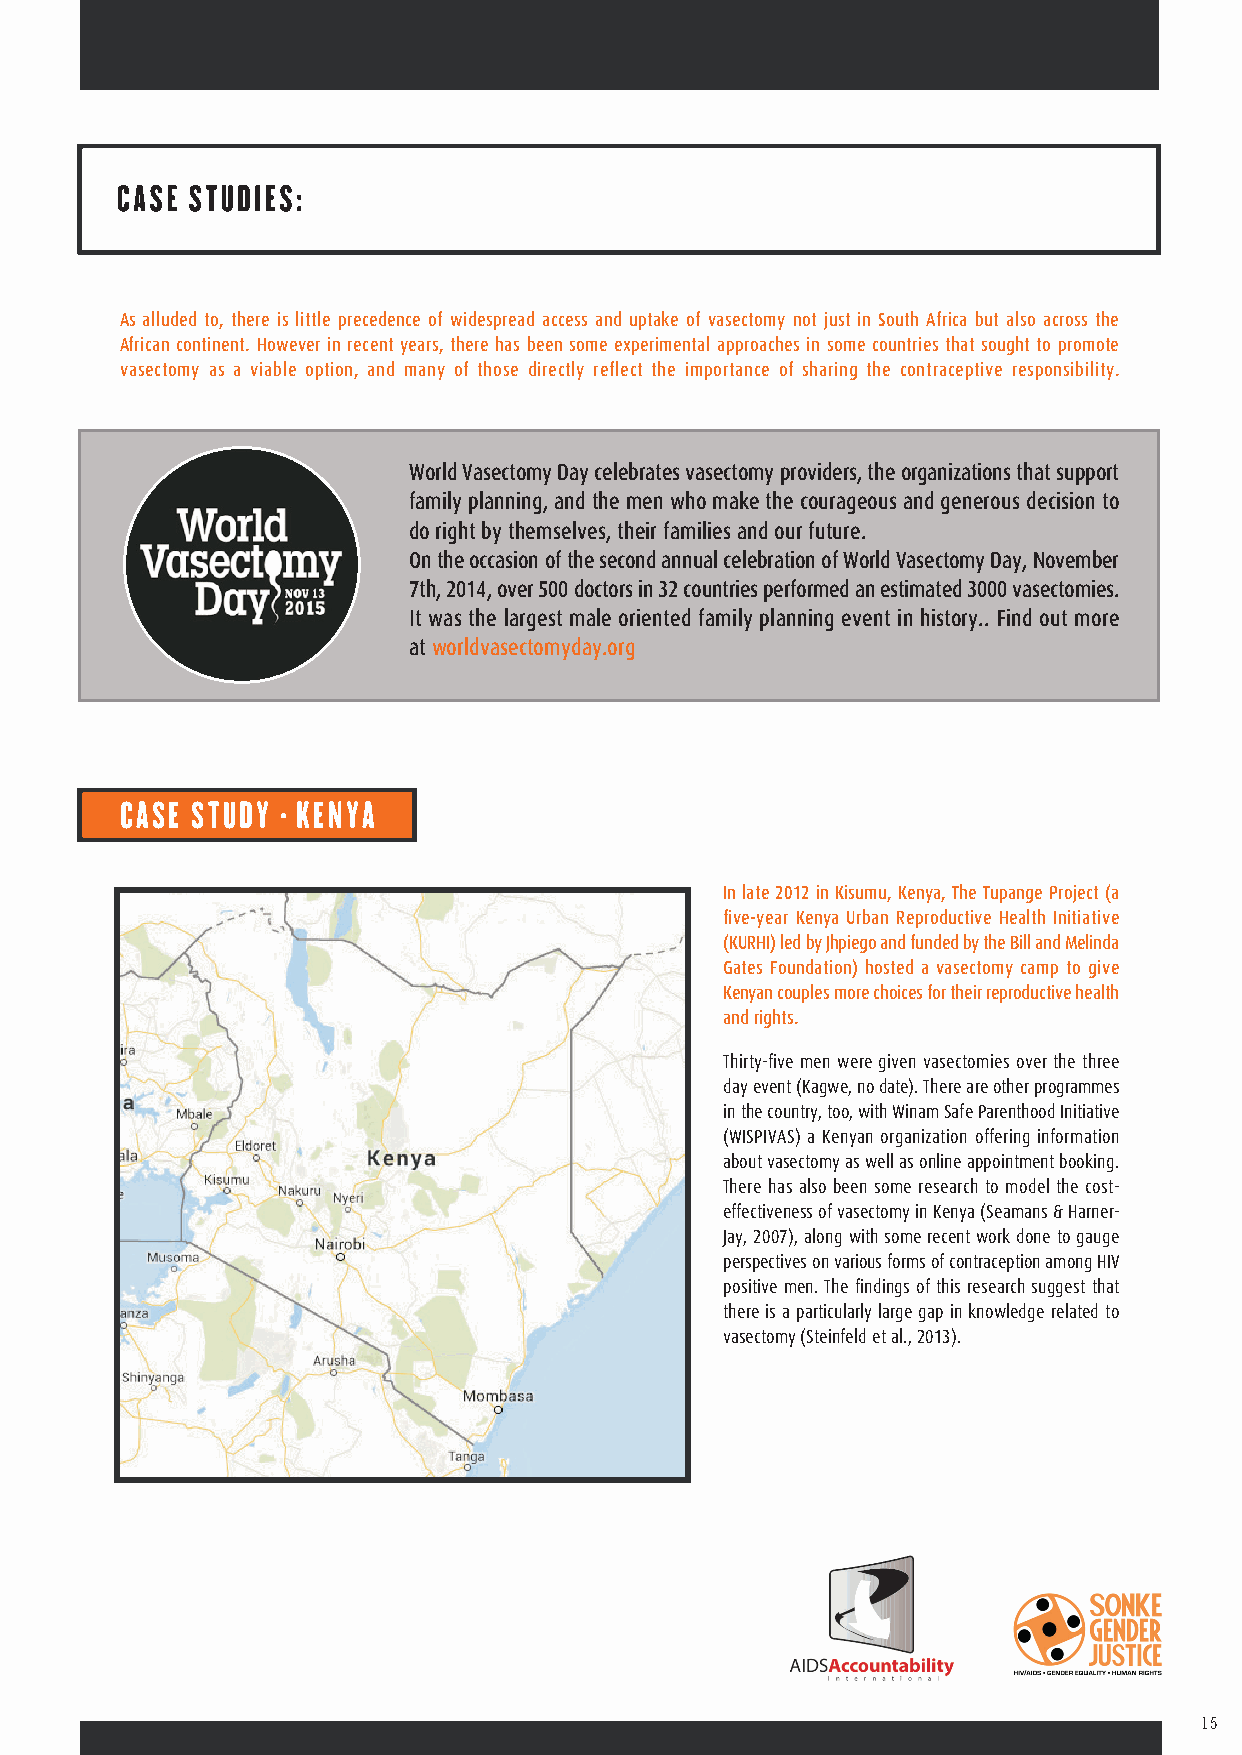
As alluded to, there is little precedence of widespread access and uptake of vasectomy not just in South Africa but also across the
 African continent. However in recent years, there has been some experimental approaches in some countries that sought to promote
 vasectomy as a viable option, and many of those directly reflect the importance of sharing the contraceptive responsibility.
 World Vasectomy Day celebrates vasectomy providers, the organizations that support
 family planning, and the men who make the courageous and generous decision to
 do right by themselves, their families and our future.
 On the occasion of the second annual celebration of World Vasectomy Day, November
 7th, 2014, over 500 doctors in 32 countries performed an estimated 3000 vasectomies.
 It was the largest male oriented family planning event in history.. Find out more
 at worldvasectomyday.org
 CASE STUDY - KENYA
 In late 2012 in Kisumu, Kenya, The Tupange Project (a
 five-year Kenya Urban Reproductive Health Initiative
 (KURHI) led by Jhpiego and funded by the Bill and Melinda
 Gates Foundation) hosted a vasectomy camp to give
 Kenyan couples more choices for their reproductive health
 and rights.
 Thirty-five men were given vasectomies over the three
 day event (Kagwe, no date). There are other programmes
 in the country, too, with Winam Safe Parenthood Initiative
 (WISPIVAS) a Kenyan organization offering information
 about vasectomy as well as online appointment booking.
 There has also been some research to model the cost-
 effectiveness of vasectomy in Kenya (Seamans & Harner-
 Jay, 2007), along with some recent work done to gauge
 perspectives on various forms of contraception among HIV
 positive men. The findings of this research suggest that
 there is a particularly large gap in knowledge related to
 vasectomy (Steinfeld et al., 2013).
 15